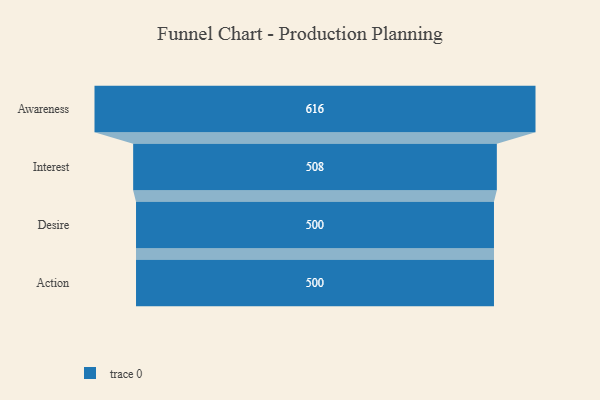
{"axis": {"x": "Stage", "y": "Value"}, "legend": [""], "data": [{"x": "Awareness", "y": 616.0, "type": ""}, {"x": "Interest", "y": 508.0, "type": ""}, {"x": "Desire", "y": 500, "type": ""}, {"x": "Action", "y": 500, "type": ""}]}